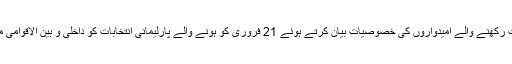
آپ نے پارلیمنٹ کی رکنیت کی لیاقت رکھنے والے امیدواروں کی خصوصیات بیان کرتے ہوئے 21 فروری کو ہونے والے پارلیمانی انتخابات کو داخلی و بین الاقوامی مسائل کے تصفئے میں موثر قرار دیا۔